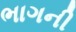
ભાગની